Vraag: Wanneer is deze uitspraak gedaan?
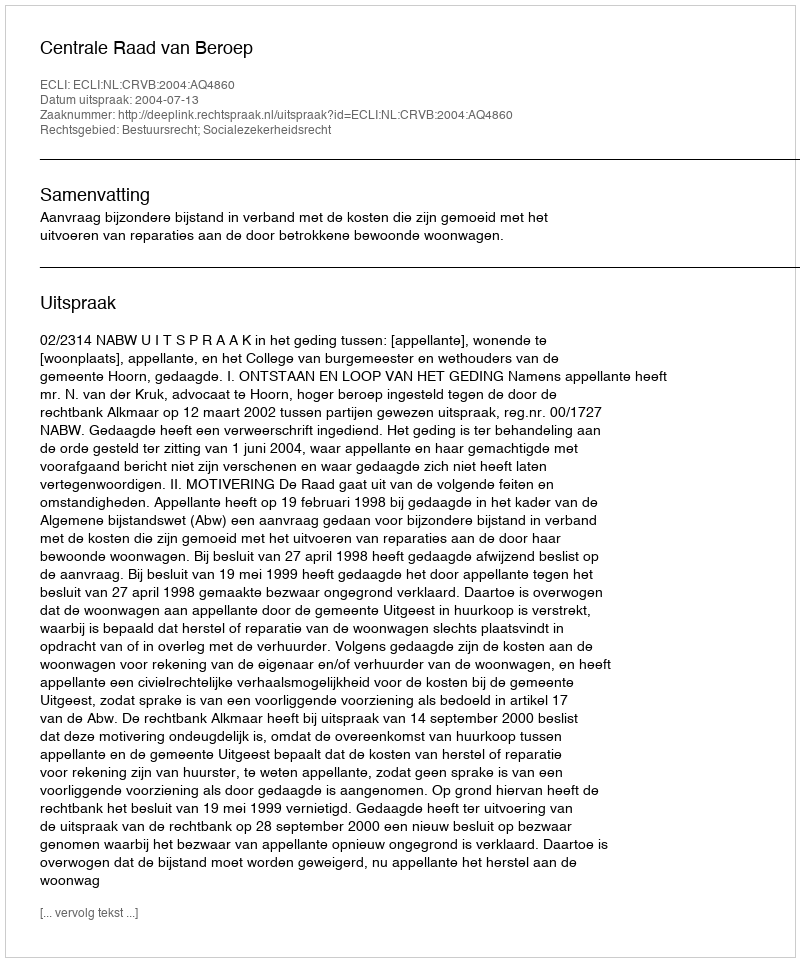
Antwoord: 2004-07-13